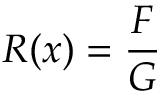
R ( x ) = { \frac { F } { G } }